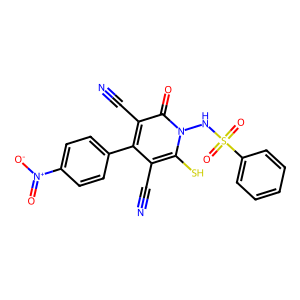
SMILES: N#Cc1c(-c2ccc([N+](=O)[O-])cc2)c(C#N)c(=O)n(NS(=O)(=O)c2ccccc2)c1S
Inhibits HIV replication: No